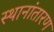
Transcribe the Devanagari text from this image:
स्थानांतारण